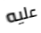
عليه